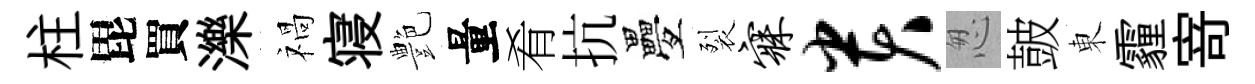
柱毘買濼禍寝艶量肴抗疊裂寐贵怱皷東霾𭔃